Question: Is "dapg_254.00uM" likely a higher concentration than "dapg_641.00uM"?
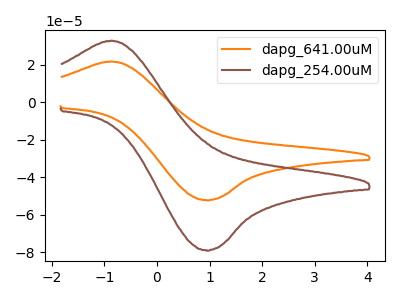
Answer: <think>The orange curve "dapg_641.00uM" has an anodic peak at (-0.85V, 21.65uA) and a cathodic peak at (0.95V, -52.15uA). The brown curve "dapg_254.00uM" has an anodic peak at (-0.85V, 32.70uA) and a cathodic peak at (0.95V, -78.85uA).
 All the peaks in "dapg_254.00uM" have a peak in "dapg_641.00uM" at the same potential. Every peak in "dapg_254.00uM" is higher than every peak in "dapg_641.00uM".</think>
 <answer>"dapg_254.00uM" has more signal than "dapg_641.00uM".</answer>
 <eval>more_signal</eval>